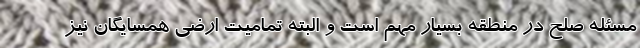
مسئله صلح در منطقه بسیار مهم است و البته تمامیت ارضی همسایگان نیز